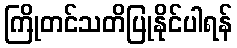
ကြိုတင်သတိပြုနိုင်ပါရန်